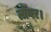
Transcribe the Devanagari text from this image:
लोयर।